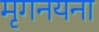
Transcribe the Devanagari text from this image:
मृगनयना